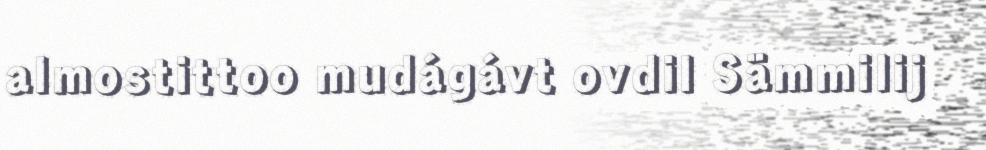
almostittoo mudágávt ovdil Sämmilij